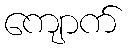
ကျောက်